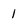
Character: 1